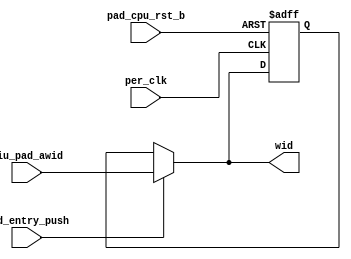
/*Copyright 2020-2021 T-Head Semiconductor Co., Ltd.

Licensed under the Apache License, Version 2.0 (the "License");
you may not use this file except in compliance with the License.
You may obtain a copy of the License at

    http://www.apache.org/licenses/LICENSE-2.0

Unless required by applicable law or agreed to in writing, software
distributed under the License is distributed on an "AS IS" BASIS,
WITHOUT WARRANTIES OR CONDITIONS OF ANY KIND, either express or implied.
See the License for the specific language governing permissions and
limitations under the License.
*/

module wid_entry(
  biu_pad_awid,
  pad_cpu_rst_b,
  per_clk,
  wid,
  wid_entry_push
);


input   [7:0]  biu_pad_awid;  
input          pad_cpu_rst_b; 
input          per_clk;       
input          wid_entry_push; 
output  [7:0]  wid;           


reg     [7:0]  wid_f;         


wire    [7:0]  biu_pad_awid;  
wire           pad_cpu_rst_b; 
wire           per_clk;       
wire    [7:0]  wid;           
wire           wid_entry_push; 


always@(posedge per_clk or negedge pad_cpu_rst_b)
begin
  if (!pad_cpu_rst_b)
    wid_f[7:0] <= 8'b0;
  else if (wid_entry_push)
    wid_f[7:0] <= biu_pad_awid[7:0];
end

assign wid[7:0] = wid_entry_push ? biu_pad_awid[7:0] : wid_f[7:0];


endmodule